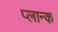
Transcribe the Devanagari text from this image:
प्लान्क